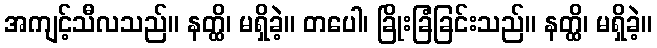
အကျင့်သီလသည်။ နတ္ထိ၊ မရှိခဲ့။ တပေါ၊ ခြိုးခြံခြင်းသည်။ နတ္ထိ၊ မရှိခဲ့။